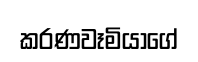
කරණවෑමියාගේ